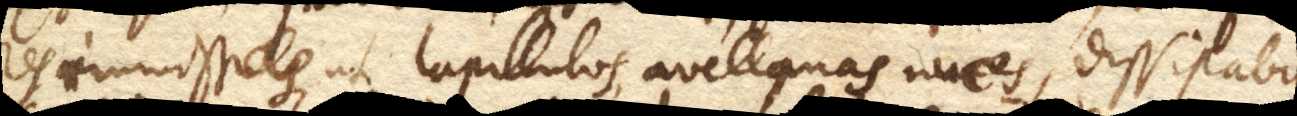
res immissas, ut lapillulos, avellanas nuces, dissipabit